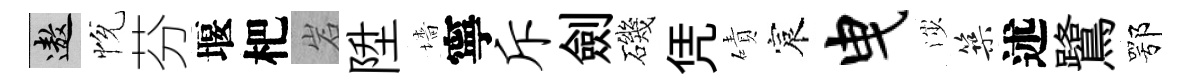
遨恱芬堰杷岩陞墻寧斥劍磯凭磧宸曳渉築述鷺鄂